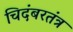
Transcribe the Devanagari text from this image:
चिदंबरतंत्र